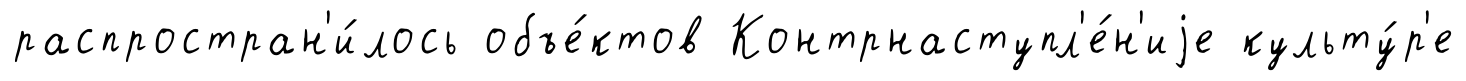
распростран'и́лось объе́ктов Контрнаступл'е́н'иjе культу́р'е